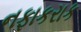
નફાકરાક